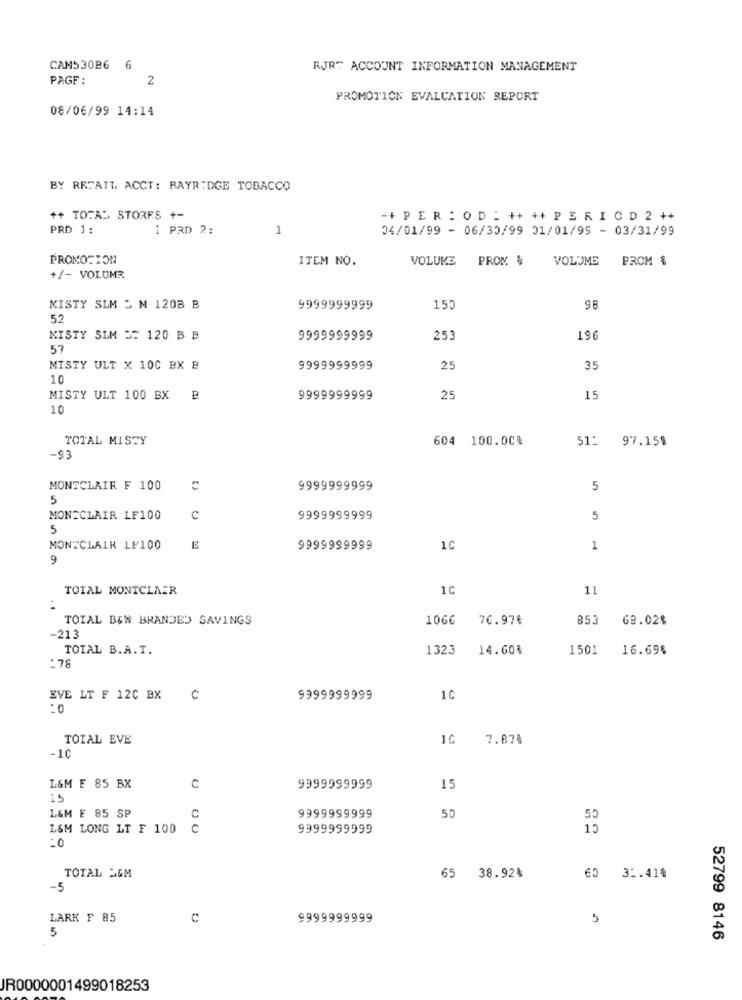
CAMS 30B6
6
RJRT ACCOUNT INFORMATION MANAGEMENT
PAGE:
2
PROMOTION EVALUATION REPORT
08/06/99 14:14
BY REFATT ACCT: RAYRIDGE TOBACCO
++ TOTAL STORES +-
++ PER : O D : ++ ++ P E R I C D 2 ++
PRD 1 :
1 PRD 2:
1
04/01/99 - 06/30/99 01/01/99 - 03/31/99
PROMOTION
ITEM NO.
VOLUME
PROM. $
VOLUME
PROM &
+/- VOLUME
MISTY SLM - M 1208 B
9999999999
15
52
MISTY SLM == 120 B B
9999999999
25
196
57
MISTY ULT X 100 BX B
9999999999
25
35
10
MISTY ULT 100 BX B
9999999999
25
15
10
TOTAL MISTY
604 100.00%
51: 97.15%
-93
MONTCLAIR F 100
C
9999999999
5
5
MONTCLAIR LF100
c
9999999999
5
5
MONTCLAIR LF100
E
9999999999
1C
1
9
TOTAL MONTCLAIR
1C
11
TOTAL BEW BRANDED SAVINGS
1066
76.97€
68.02%
-213
TOIAL B.A.T.
1323
14.60%
1501
16.69%
:78
EVE LT F 12C BX
U
9999999999
1C
:0
TOTAL EVE
7.874
-10
L&M E 85 BX
C
9999999999
15
15
L&M E 85 SP
C
9999999999
50
50
L&M LONG LT F 100
c
9999999999
15
TOTAL S&M
65 38.92%
60 31.418
-5
LARK F 85
C
9999999999
5
5
52799 8146
JR0000001499018253